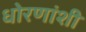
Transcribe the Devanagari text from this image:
धोरणांशी